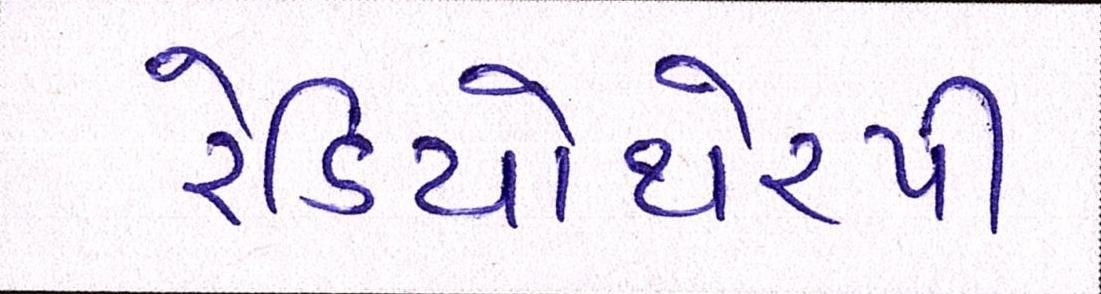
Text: રેડિયોથેરપી